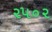
૨૫૦૨